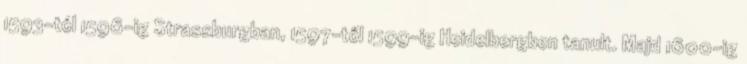
1593-tól 1596-ig Strassburgban, 1597-től 1599-ig Heidelbergben tanult. Majd 1600-ig